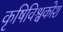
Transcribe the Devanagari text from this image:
कृषिविश्वकोश